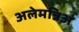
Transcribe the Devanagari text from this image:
अलेमन्निअ